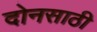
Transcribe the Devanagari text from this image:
दोनसाठी